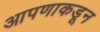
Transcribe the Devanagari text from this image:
आपणाकडून